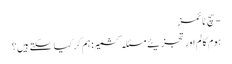
- سچ ٹائمز
ہوم کالم اور تجزیئے مسئلہ کشمیر : ہم کر کیا سکتے ہیں؟